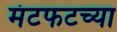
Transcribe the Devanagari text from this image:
मंटफटच्या